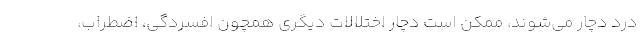
درد دچار می‌شوند، ممکن است دچار اختلالات دیگری همچون افسردگی، اضطراب،